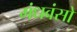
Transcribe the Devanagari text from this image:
गंधवंसो